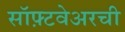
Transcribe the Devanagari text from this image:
सॉफ़्टवेअरची